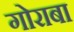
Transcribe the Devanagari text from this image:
गोराबा